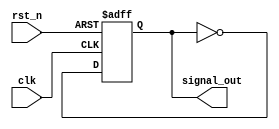
module delay_example (
    input wire clk,       // Clock input
    input wire rst_n,     // Active-low reset
    output reg signal_out // Output signal that will change after a delay
);

always @(posedge clk or negedge rst_n) begin
    if (!rst_n) begin
        signal_out <= 1'b0; // Reset the output signal
    end else begin
        // Introduce a delay of 10 time units before assigning a new value to signal_out
        #10 signal_out <= ~signal_out; // Toggle the output signal after a delay
    end
end

endmodule